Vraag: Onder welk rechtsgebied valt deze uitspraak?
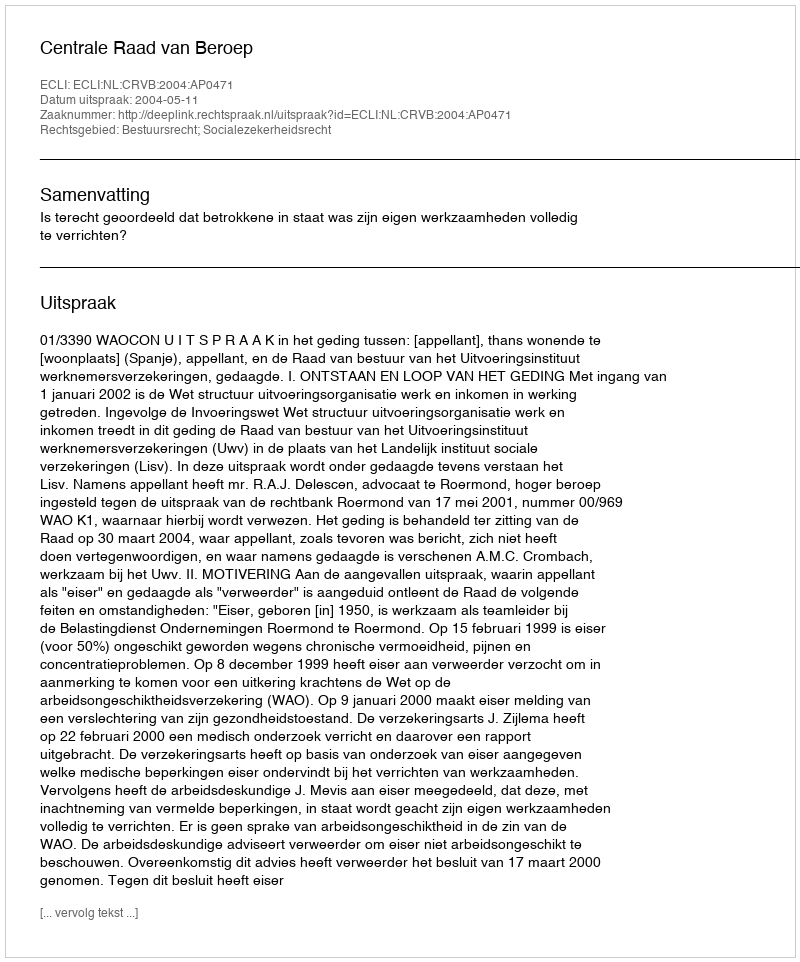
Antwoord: Bestuursrecht; Socialezekerheidsrecht